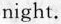
night.